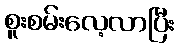
စူးစမ်းလေ့လာပြီး